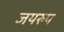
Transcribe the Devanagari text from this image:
जयरुप